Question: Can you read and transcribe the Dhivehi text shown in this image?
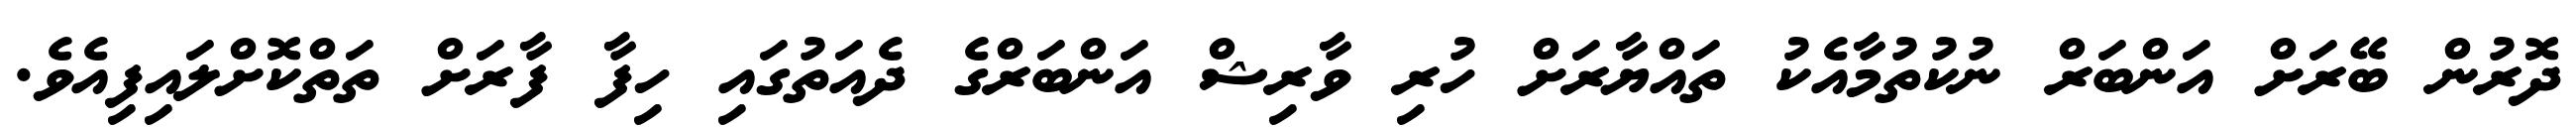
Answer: ދޮރުން ބޭރަށް އަންބަރް ނުކުތުމާއެކު ތައްޔާރަށް ހުރި ވާރިޝް އަންބަރްގެ ދެއަތުގައި ހިފާ ފާރަށް ތަތްކޮށްލައިފިއެވެ.